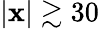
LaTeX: |\mathbf{x}|\gtrsim30